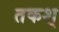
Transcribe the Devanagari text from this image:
तकश्